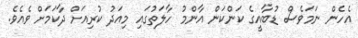
އެހެން ނަމަވެސް ޑުބާއީގެ ކަންކަން އާންމު ހާލަތުގައި މިއަދު ކުރިއަށް ދާކަމަށް ވެއެވެ.